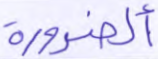
ألضرورة